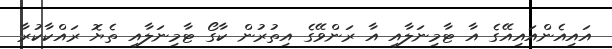
އައިއެންއައިއޭގެ އާ ޓާމިނަލާއި އާ ރަންވޭގެ އިތުރުން ކާގޯ ޓާމިނަލާއި ތެޔޮ ރައްކާކުރާ